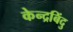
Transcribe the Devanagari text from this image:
केन्द्रबिंदु